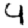
Digit: 4